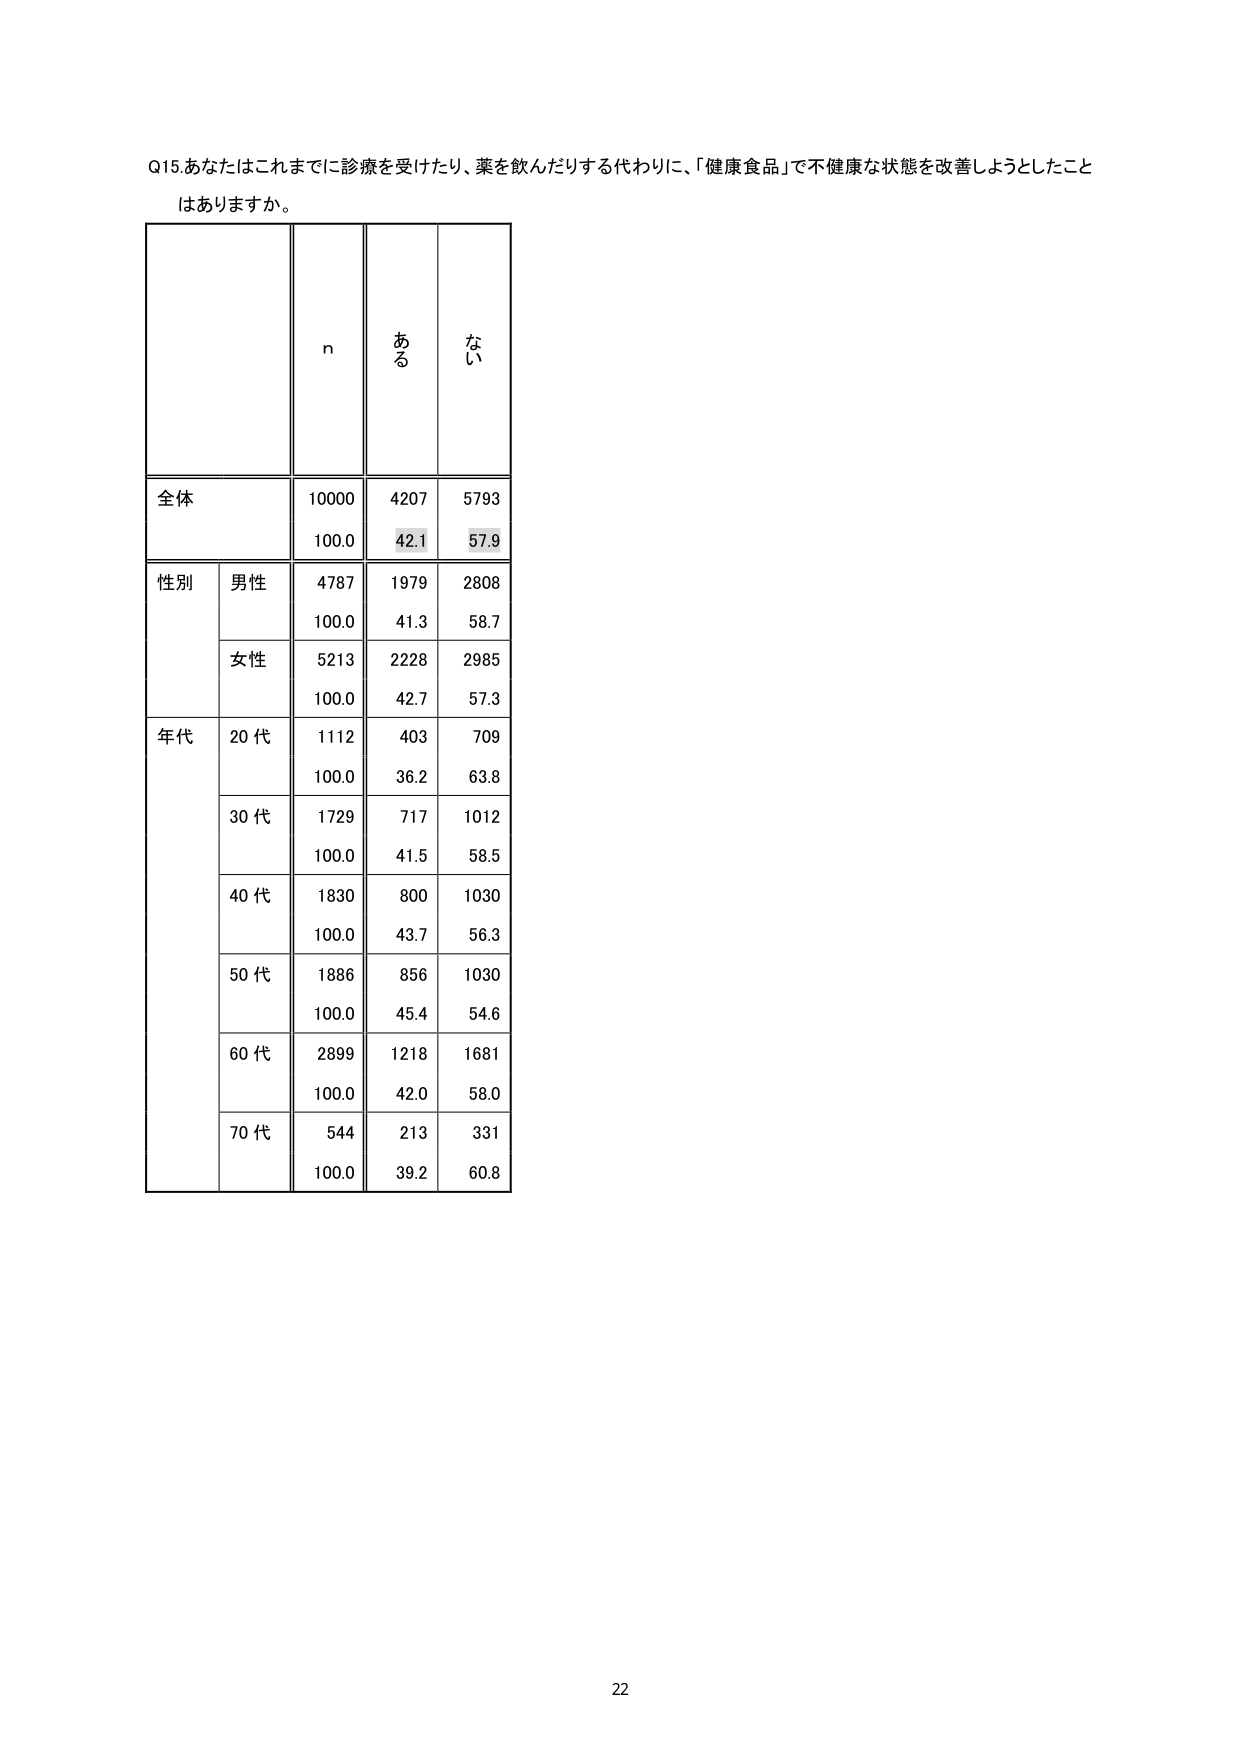
Q15 あなたはこれまでに診療を受けたり、薬を飲んだりする代わりに、「健康食品」で不健康な状態を改善しようとしたことはありますか。

n ある ない

全体 10000 4207 5793
      100.0 42.1 57.9

性別 男性 4787 1979 2808
           100.0 41.3 58.7
      女性 5213 2228 2985
           100.0 42.7 57.3

年代 20代 1112 403 709
           100.0 36.2 63.8
      30代 1729 717 1012
           100.0 41.5 58.5
      40代 1830 800 1030
           100.0 43.7 56.3
      50代 1886 856 1030
           100.0 45.4 54.6
      60代 2899 1218 1681
           100.0 42.0 58.0
      70代 544 213 331
           100.0 39.2 60.8

22